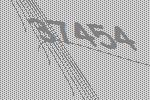
37454